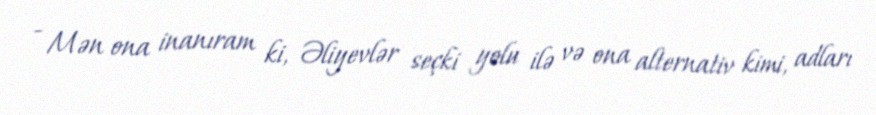
- Mən ona inanıram ki, Əliyevlər seçki yolu ilə və ona alternativ kimi, adları